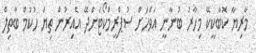
މާރިޔާ ކޮބާކީކޭ މިހާރު ބުނާނީ އަވަހަށް ސުޕްރީމްކޯޓަށްދޭ އެއިރުން ތިޔަ ހުކުމް ބާތިލް